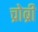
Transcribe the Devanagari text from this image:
च्रोब्री